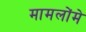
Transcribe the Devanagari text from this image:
मामलोंमे